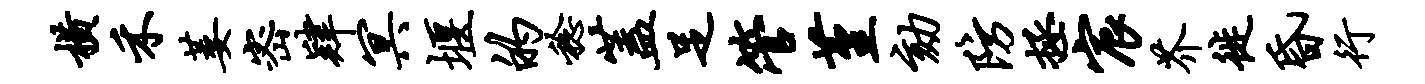
横禾萎密肄冥堰的稔盖足管堇劾防拯宸芥徙昏行